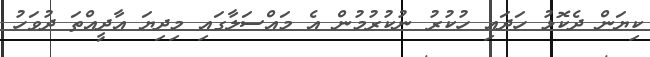
ކިޔަން ދެކޮޅު ހަދައި ހުކުރު ނުކުރުމުން އެ މައްސަލާގައި މިދިޔަ އާދީއްތަ ދުވަހު